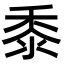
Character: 黍